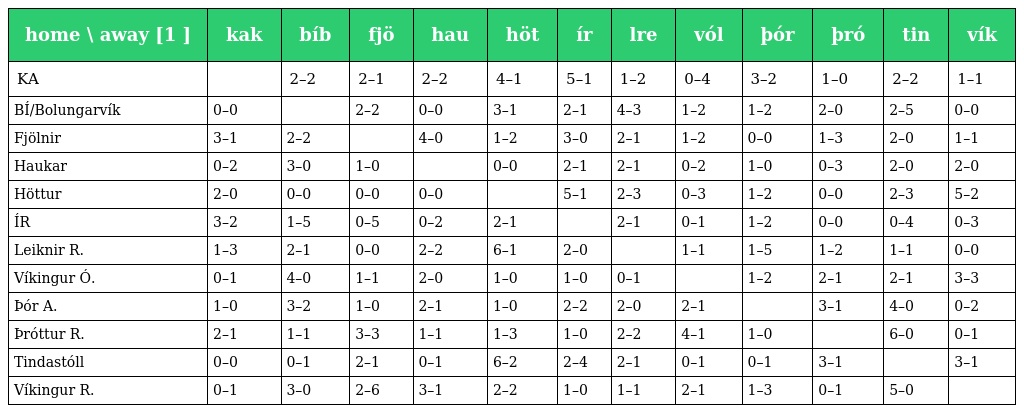
| home \ away [1 ] | kak | bíb | fjö | hau | höt | ír | lre | vól | þór | þró | tin | vík |
 | --- | --- | --- | --- | --- | --- | --- | --- | --- | --- | --- | --- | --- |
 | KA |  | 2–2 | 2–1 | 2–2 | 4–1 | 5–1 | 1–2 | 0–4 | 3–2 | 1–0 | 2–2 | 1–1 |
 | BÍ/Bolungarvík | 0–0 |  | 2–2 | 0–0 | 3–1 | 2–1 | 4–3 | 1–2 | 1–2 | 2–0 | 2–5 | 0–0 |
 | Fjölnir | 3–1 | 2–2 |  | 4–0 | 1–2 | 3–0 | 2–1 | 1–2 | 0–0 | 1–3 | 2–0 | 1–1 |
 | Haukar | 0–2 | 3–0 | 1–0 |  | 0–0 | 2–1 | 2–1 | 0–2 | 1–0 | 0–3 | 2–0 | 2–0 |
 | Höttur | 2–0 | 0–0 | 0–0 | 0–0 |  | 5–1 | 2–3 | 0–3 | 1–2 | 0–0 | 2–3 | 5–2 |
 | ÍR | 3–2 | 1–5 | 0–5 | 0–2 | 2–1 |  | 2–1 | 0–1 | 1–2 | 0–0 | 0–4 | 0–3 |
 | Leiknir R. | 1–3 | 2–1 | 0–0 | 2–2 | 6–1 | 2–0 |  | 1–1 | 1–5 | 1–2 | 1–1 | 0–0 |
 | Víkingur Ó. | 0–1 | 4–0 | 1–1 | 2–0 | 1–0 | 1–0 | 0–1 |  | 1–2 | 2–1 | 2–1 | 3–3 |
 | Þór A. | 1–0 | 3–2 | 1–0 | 2–1 | 1–0 | 2–2 | 2–0 | 2–1 |  | 3–1 | 4–0 | 0–2 |
 | Þróttur R. | 2–1 | 1–1 | 3–3 | 1–1 | 1–3 | 1–0 | 2–2 | 4–1 | 1–0 |  | 6–0 | 0–1 |
 | Tindastóll | 0–0 | 0–1 | 2–1 | 0–1 | 6–2 | 2–4 | 2–1 | 0–1 | 0–1 | 3–1 |  | 3–1 |
 | Víkingur R. | 0–1 | 3–0 | 2–6 | 3–1 | 2–2 | 1–0 | 1–1 | 2–1 | 1–3 | 0–1 | 5–0 |  |